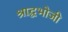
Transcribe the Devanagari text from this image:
श्राद्धभोजी